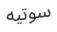
سوتيه